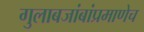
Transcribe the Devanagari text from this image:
गुलाबजांबांप्रमाणेच